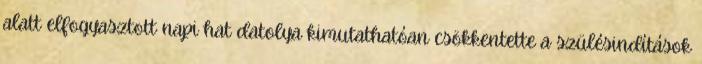
alatt elfogyasztott napi hat datolya kimutathatóan csökkentette a szülésindítások